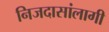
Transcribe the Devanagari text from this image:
निजदासांलागी